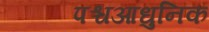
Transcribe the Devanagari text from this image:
पश्चआधुनिक